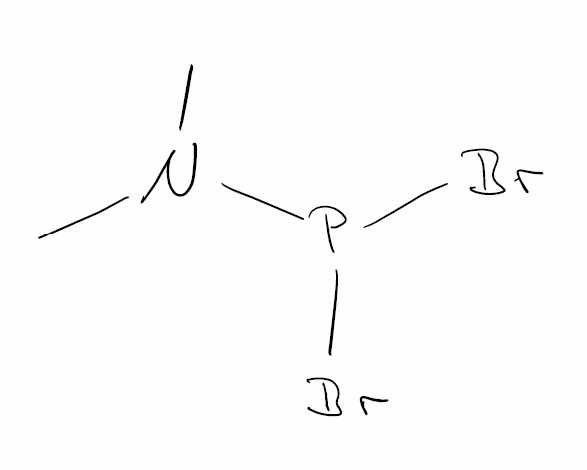
Simplified molecular-input line-entry system (SMILES) notation of the given molecule:
CN(C)P(Br)Br